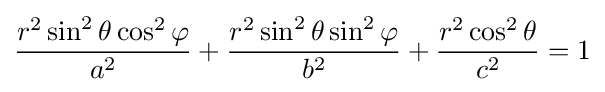
{r^{2}\sin ^{2}\theta \cos ^{2}\varphi  \over a^{2}}+{r^{2}\sin ^{2}\theta \sin ^{2}\varphi  \over b^{2}}+{r^{2}\cos ^{2}\theta  \over c^{2}}=1